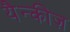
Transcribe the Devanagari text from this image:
यैन्कीज़